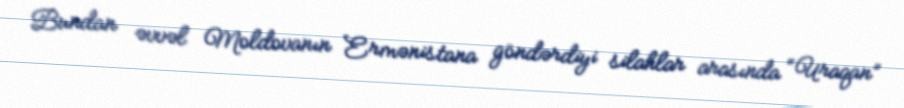
Bundan əvvəl Moldovanın Ermənistana göndərdiyi silahlar arasında “Uraqan”